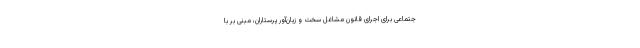
جتماعی برای اجرای قانون مشاغل سخت و زیان‌آور پرستاران، مبنی بر با